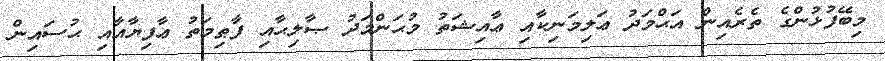
މިބޭފުޅުންގެ ތެރެއިން އަޙްމަދު ޢަލިމަނިކާއި ޢާއިޝަތު މުޙަންމަދު ޞާލިޙާއި ފާޠިމަތު ޢާފިޔާއާއި ޙުސައިން